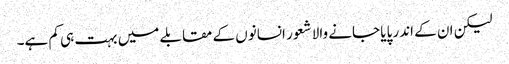
لیکن ان کے اندر پایا جانے والا شعور انسانوں کے مقابلے میں بہت ہی کم ہے۔